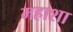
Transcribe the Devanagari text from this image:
महाशा